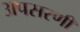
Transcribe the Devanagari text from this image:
अपसरणी